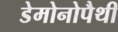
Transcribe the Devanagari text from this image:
डेमोनोपैथी